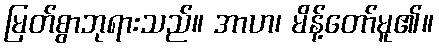
မြတ်စွာဘုရားသည်။ အာဟ၊ မိန့်တော်မူ၏။